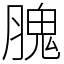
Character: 𦞙